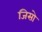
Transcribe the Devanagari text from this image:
जिसो